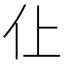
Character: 仩